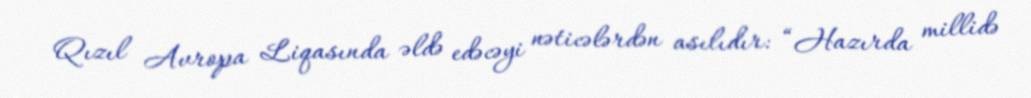
Qızıl Avropa Liqasında əldə edəcəyi nəticələrdən asılıdır: “Hazırda millidə